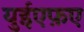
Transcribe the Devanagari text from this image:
युईएफ़ए